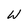
Character: W